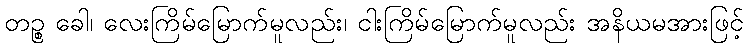
တဉ္စ ခေါ၊ လေးကြိမ်မြောက်မူလည်း၊ ငါးကြိမ်မြောက်မူလည်း အနိယမအားဖြင့်